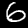
Label: 6